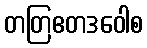
တတြဧတဒဝေါစ